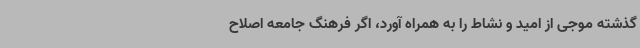
گذشته موجی از امید و نشاط را به همراه آورد، اگر فرهنگ جامعه اصلاح